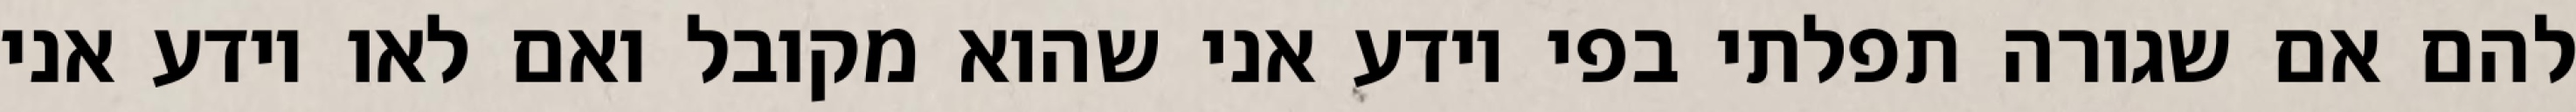
להם אם שגורה תפלתי בפי יודע אני שהוא מקובל ואם לאו יודע אני